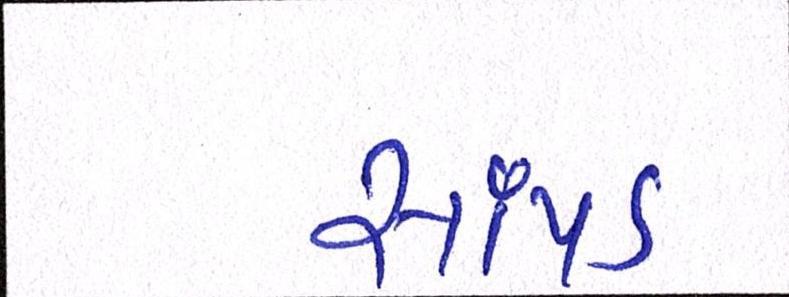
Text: સાંપડ